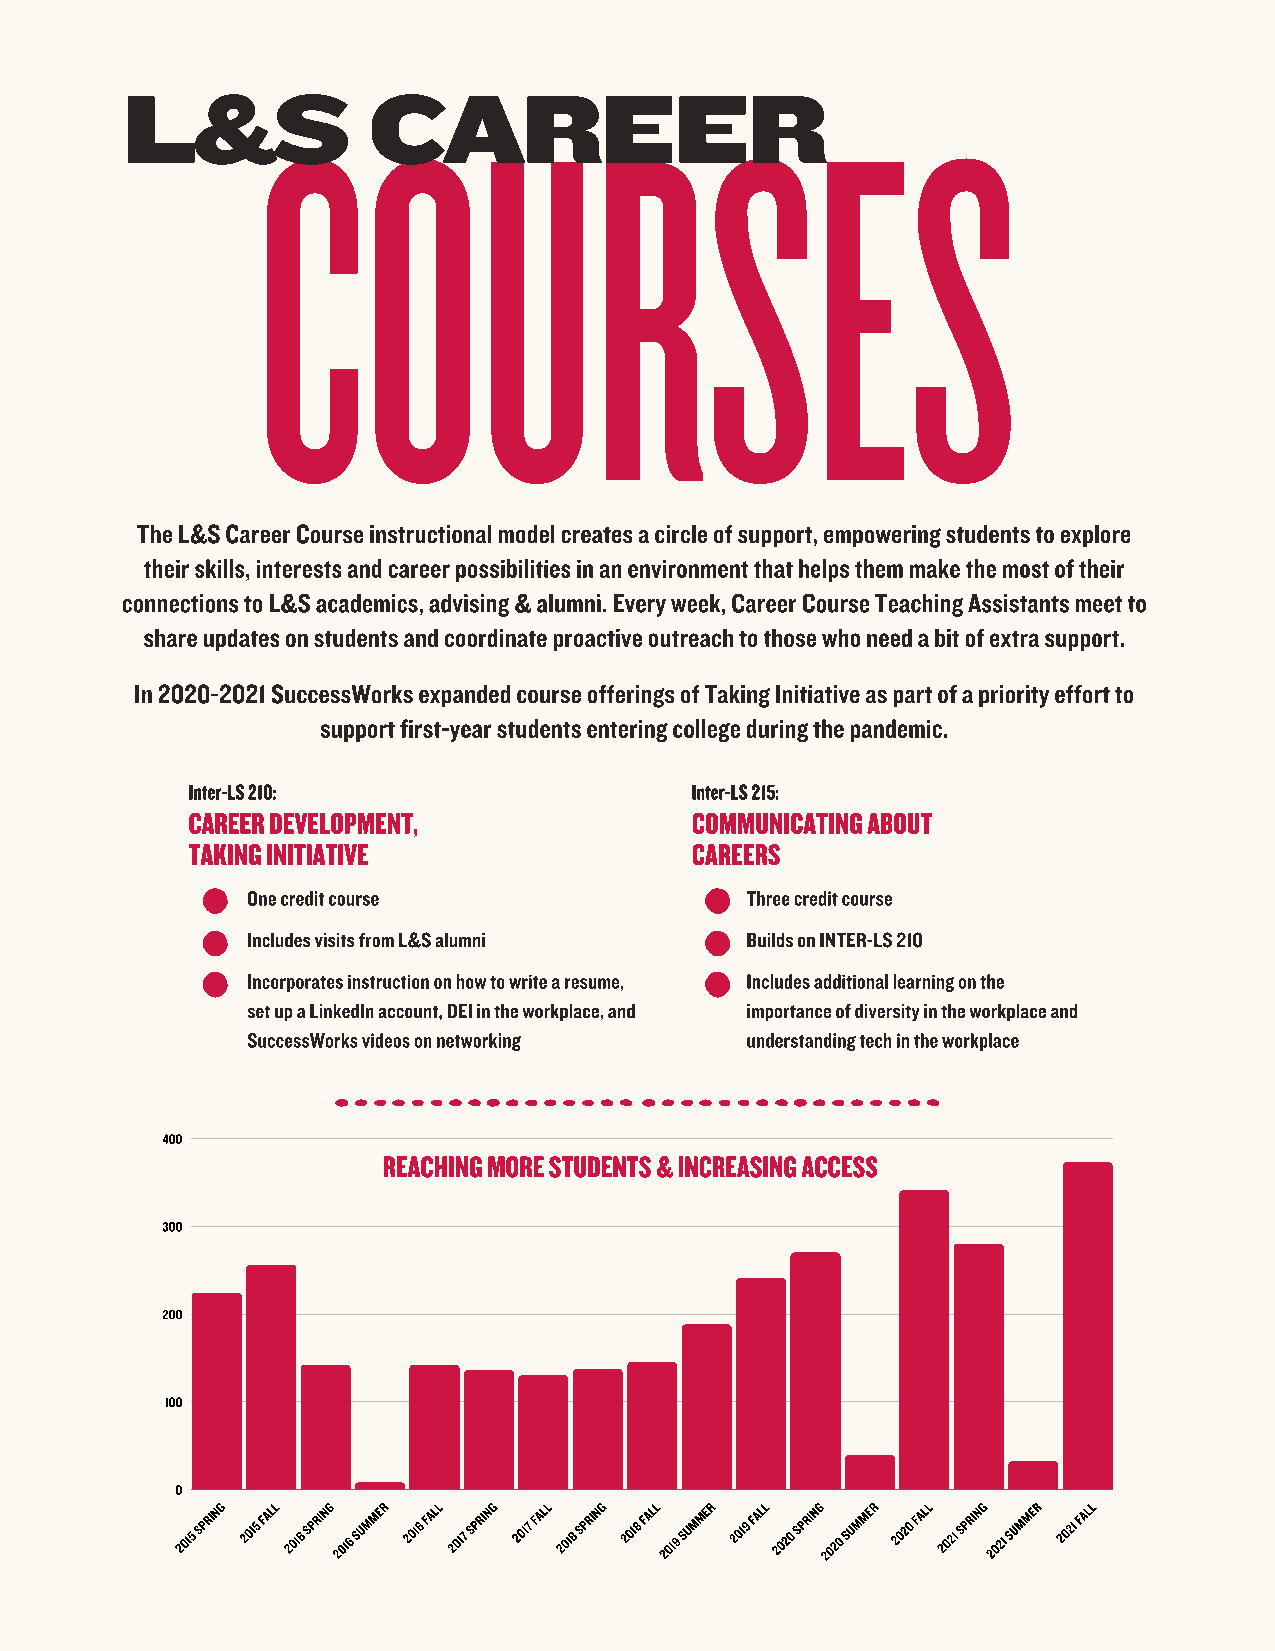
COURSES
 L&S             CAREER
 The L&S Career Course instructional model creates a circle of support, empowering students to explore
 their skills, interests and career possibilities in an environment that helps them make the most of their
 connections to L&S academics, advising & alumni. Every week, Career Course Teaching Assistants meet to
 share updates on students and coordinate proactive outreach to those who need a bit of extra support.
 In 2020-2021 SuccessWorks expanded course offerings of Taking Initiative as part of a priority effort to
 support first-year students entering college during the pandemic.
 Inter-LS 210:                     Inter-LS 215:
 CAREER DEVELOPMENT,               COMMUNICATING ABOUT
 TAKING INITIATIVE                 CAREERS
 One credit course                Three credit course
 Includes visits from L&S alumni  Builds on INTER-LS 210
 Incorporates instruction on how to write a resume, Includes additional learning on the
 set up a LinkedIn account, DEI in the workplace, and importance of diversity in the workplace and
 SuccessWorks videos on networking understanding tech in the workplace
 400
 REACHING MORE STUDENTS & INCREASING ACCESS
 300
 200
 100
 0
 2015
 SPRING
 2015
 FALL
 2016
 SPRING
 2016
 SUMMER
 2016
 FALL
 2017
 SPRING
 2017
 FALL
 2018
 SPRING
 2018
 FALL
 2019
 SUMMER
 2019
 FALL
 2020
 SPRING
 2020
 SUMMER
 2020
 FALL
 2021
 SPRING
 2021
 SUMMER
 2021
 FALL